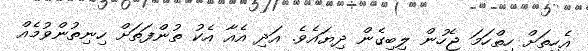
އެހިތަށް ހިތްހަމަ ޖެހުން ލިބިގެން ދިޔައެވެ. އަދި އެއާ އެކު ތުންފަތަށް ހިނިތުންވުމެއް